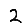
Digit: 2